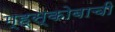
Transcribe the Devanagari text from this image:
म्ह्स्कोबाची